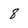
Character: 8